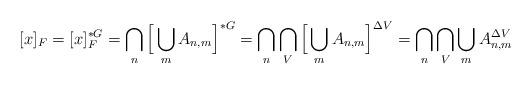
LaTeX: \begin{align*}[x]_F = [x]_F^{*G}= \bigcap_n \Big[\bigcup_m A_{n, m}\Big]^{*G} = \bigcap_n \bigcap_V \Big[\bigcup_m A_{n, m}\Big]^{\Delta V}= \bigcap_n \bigcap_V \bigcup_m A_{n, m}^{\Delta V}\end{align*}